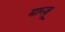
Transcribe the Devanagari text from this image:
मान्ज़ू